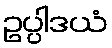
ဥပ္ပါဒယံ